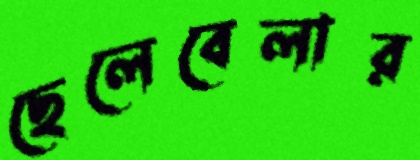
ছেলেবেলার